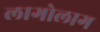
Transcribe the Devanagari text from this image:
लागोलाग